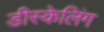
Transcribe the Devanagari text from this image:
डीस्केलिंग